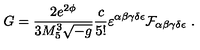
G = { \frac { 2 e ^ { 2 \phi } } { 3 M _ { 5 } ^ { 3 } \sqrt { - g } } } { \frac { c } { 5 ! } } \varepsilon ^ { \alpha \beta \gamma \delta \epsilon } { \cal F } _ { \alpha \beta \gamma \delta \epsilon } \ .